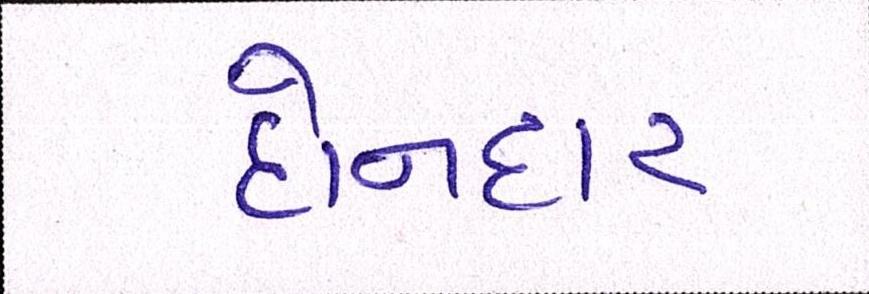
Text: દોનદાર